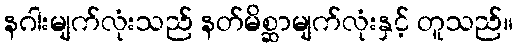
နဂါးမျက်လုံးသည် နတ်မိစ္ဆာမျက်လုံးနှင့် တူသည်။